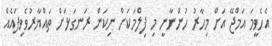
އެހެވީމަ އަމްޖޭ އަށް މިހާރު ހުންނާނީ މި ފިލްމަކަށް ނިކަން ރަނގަޅަށް ތައްޔާރުވެވިފައެއް